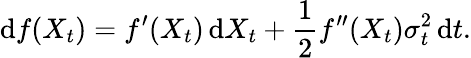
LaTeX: \mathrm{d}f(X_{t})=f^{\prime}(X_{t})\, \mathrm{d}X_{t}+{\frac{{1}}{{2}}}f^{\prime\prime}(X_{t})\sigma_{t}^{2}\, \mathrm{d}t.